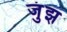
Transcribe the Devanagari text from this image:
जुंझ